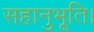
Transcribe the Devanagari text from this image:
सहानुभूति।